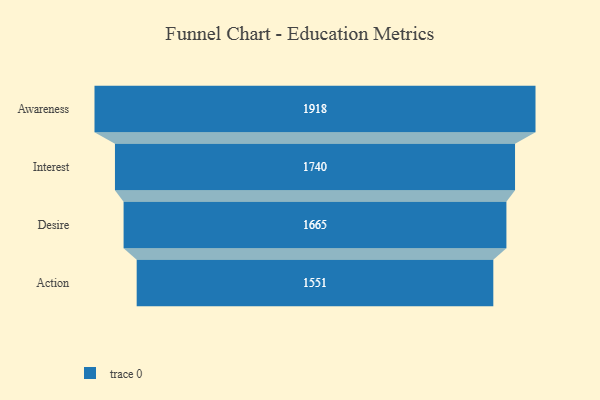
{"axis": {"x": "Stage", "y": "Value"}, "legend": [""], "data": [{"x": "Awareness", "y": 1918.0, "type": ""}, {"x": "Interest", "y": 1740.0, "type": ""}, {"x": "Desire", "y": 1665.0, "type": ""}, {"x": "Action", "y": 1551.0, "type": ""}]}